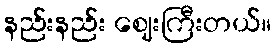
နည်းနည်း ဈေးကြီးတယ်။